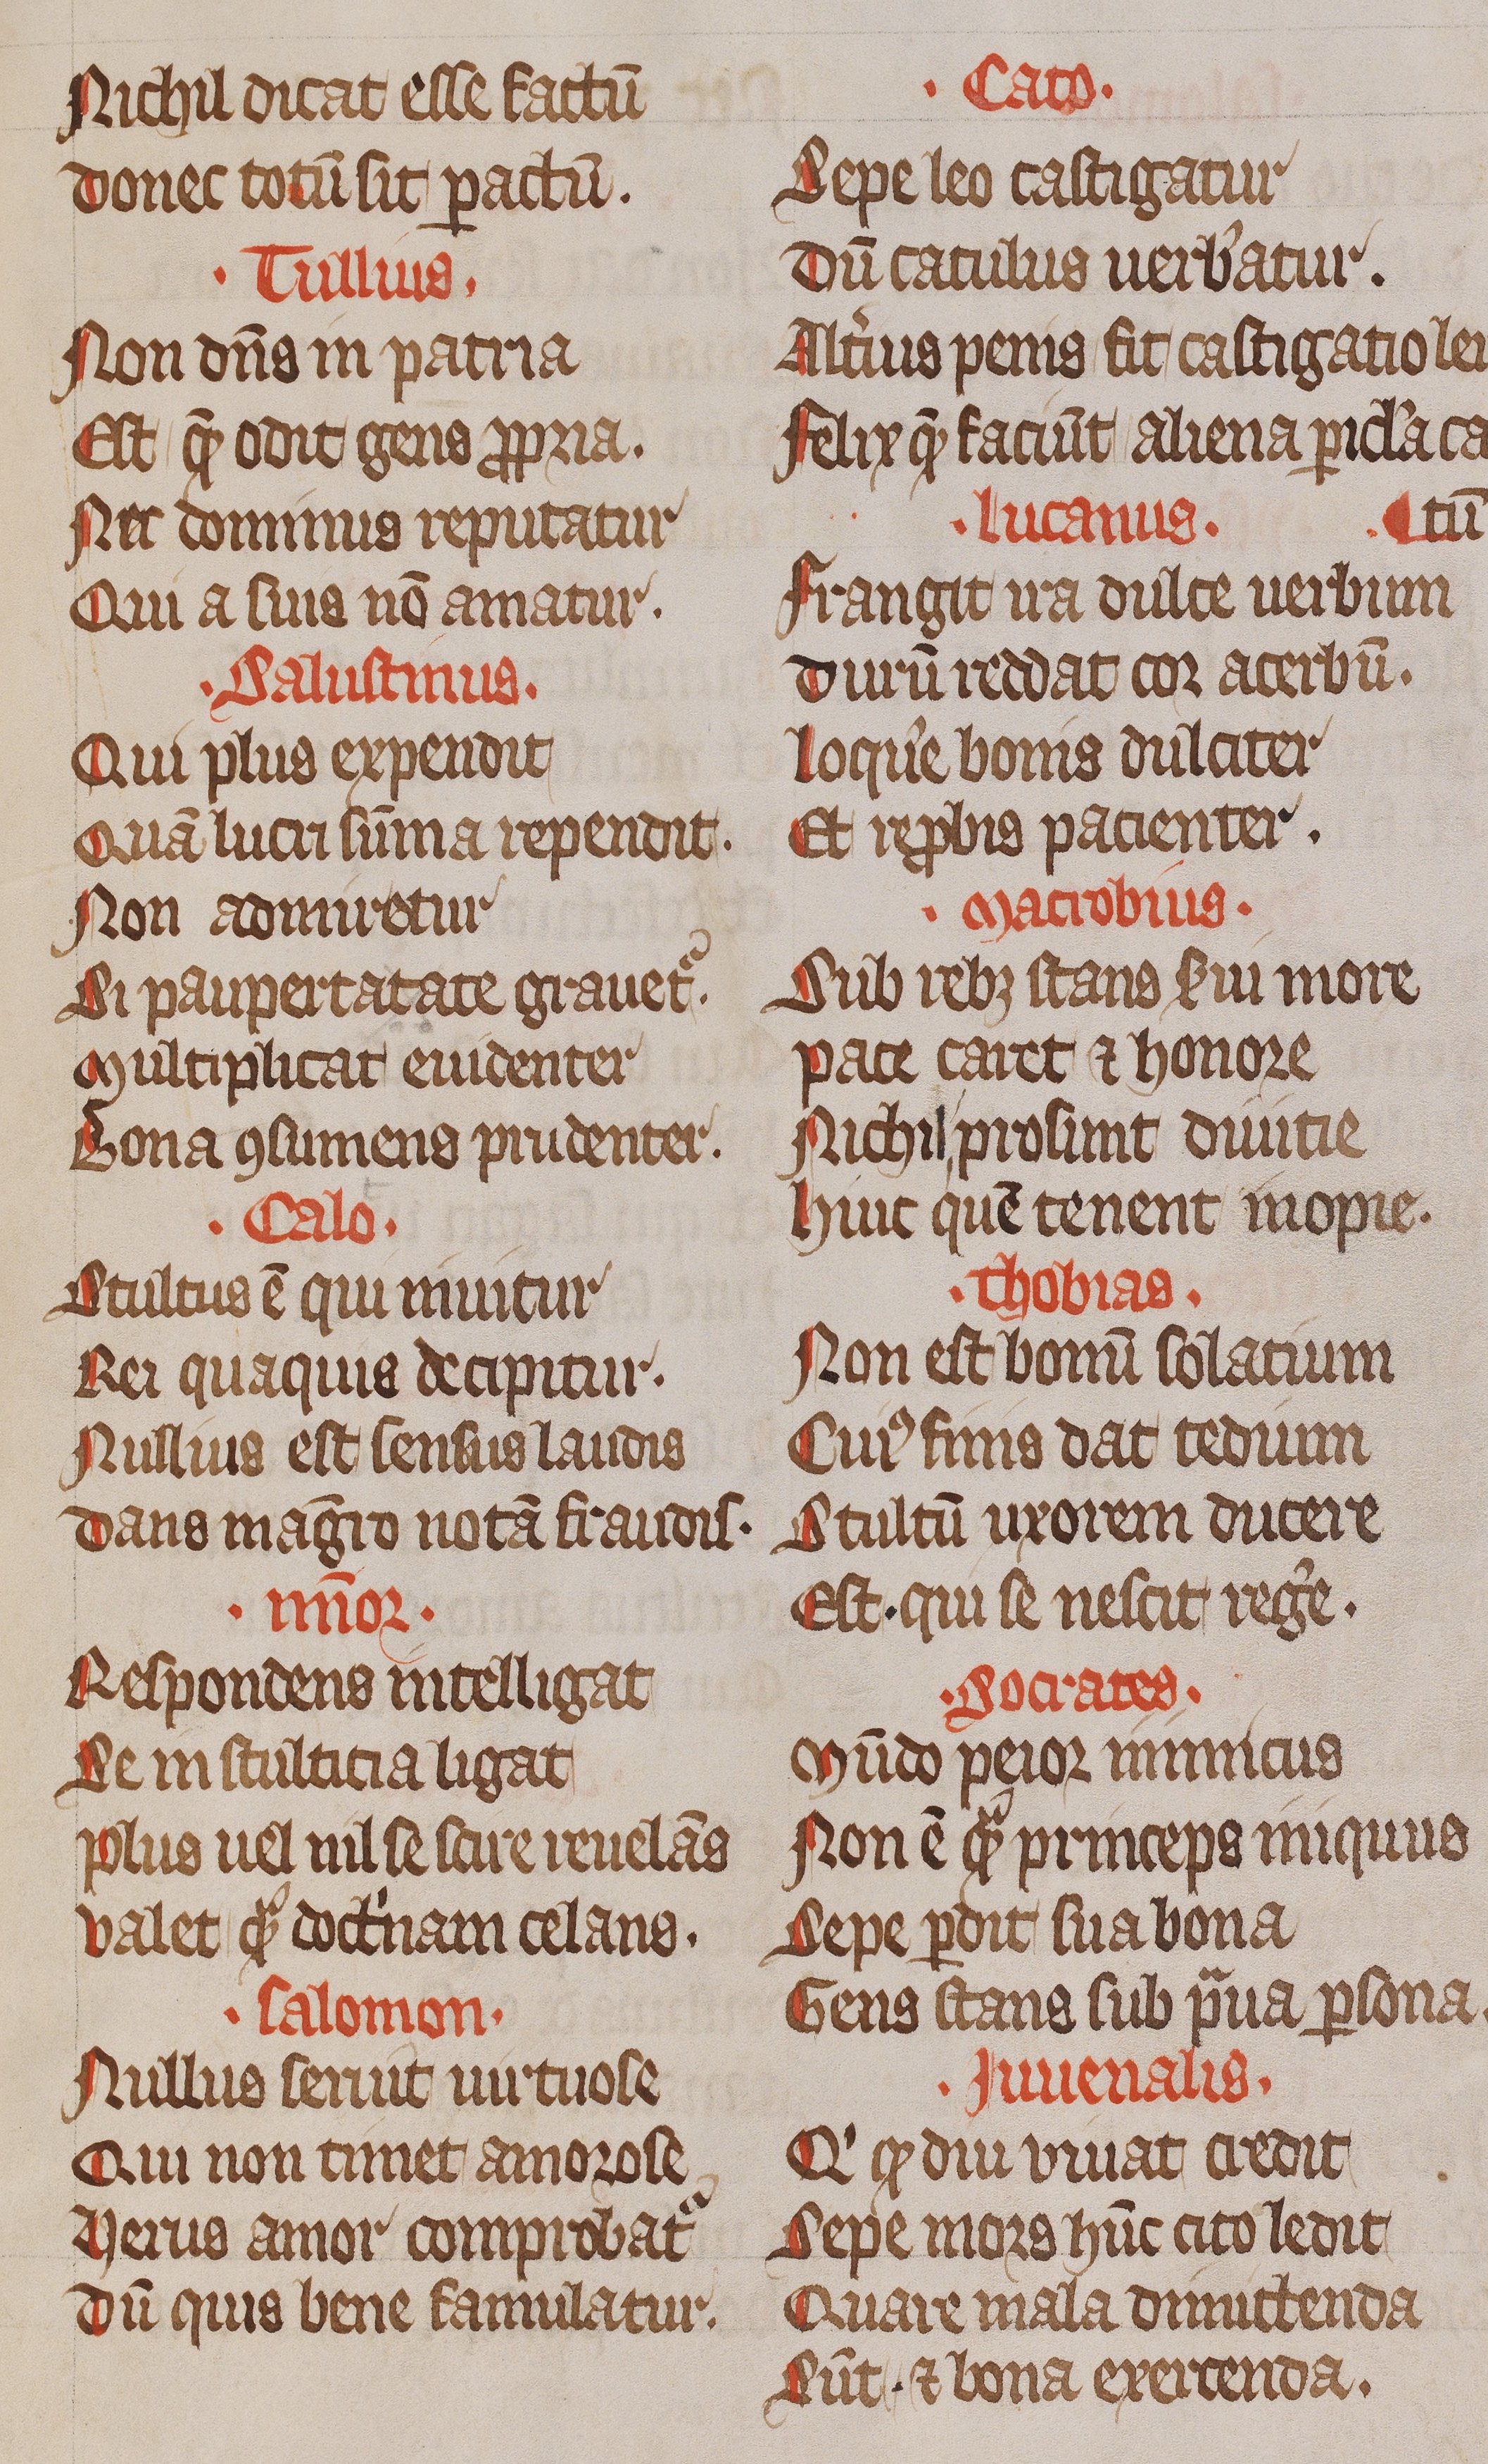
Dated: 1200–1299